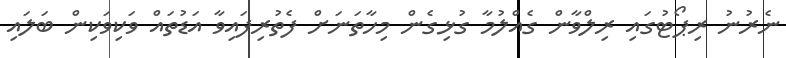
ނެރުނު ރިޕޯޓުގައި ރިލްވާން ގެއްލުމާ ގުޅިގެން މިހާތަނަށް ފެތުރިފައިވާ އަޑުތައް ވަކިވަކިން ބަލައި